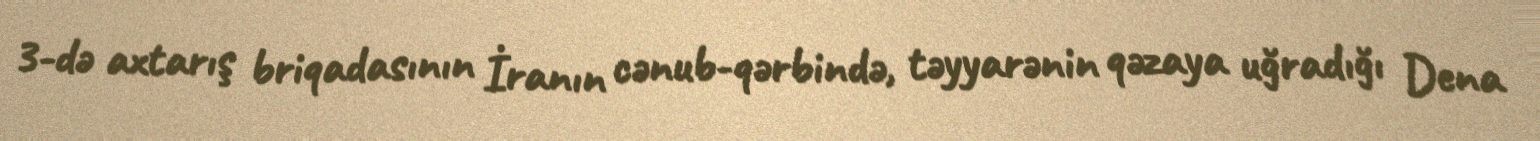
3-də axtarış briqadasının İranın cənub-qərbində, təyyarənin qəzaya uğradığı Dena